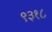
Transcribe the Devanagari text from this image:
९३१८